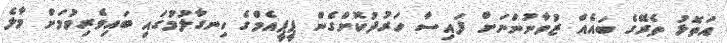
އަތޮޅު ތެރޭގެ ބައެއް ޒުވާނުންނަށް ފައިސާ ހަރުދުކޮށްގެން ޕީޕީއެމްގެ ހިނގާލުމުގައި ބައިވެރިވުމަށް މާލެ